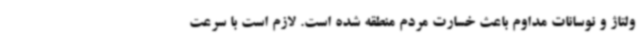
ولتاژ و نوسانات مداوم باعث خسارت مردم منطقه شده است. لازم است با سرعت